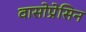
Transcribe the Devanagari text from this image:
वासोप्रेसिन